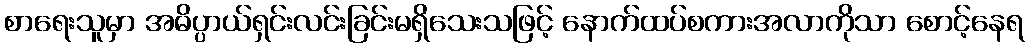
စာရေးသူမှာ အဓိပ္ပာယ်ရှင်းလင်းခြင်းမရှိသေးသဖြင့် နောက်ထပ်စကားအလာကိုသာ စောင့်နေရ